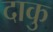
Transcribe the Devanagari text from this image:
दाकु